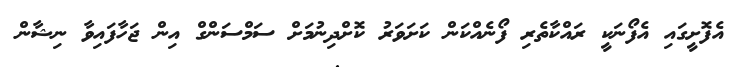
އެފޮށީގައި އެފޯނަކީ ރައްކާތެރި ފޯނެއްކަން ކަށަވަރު ކޮށްދިނުމަށް ސަމްސަންގް އިން ޖަހާފައިވާ ނިޝާން